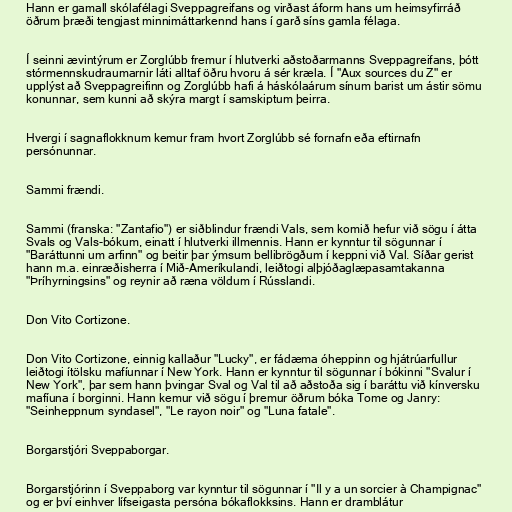
Hann er gamall skólafélagi Sveppagreifans og virðast áform hans um heimsyfirráð
öðrum þræði tengjast minnimáttarkennd hans í garð síns gamla félaga.

Í seinni ævintýrum er Zorglúbb fremur í hlutverki aðstoðarmanns Sveppagreifans, þótt
stórmennskudraumarnir láti alltaf öðru hvoru á sér kræla. Í "Aux sources du Z" er
upplýst að Sveppagreifinn og Zorglúbb hafi á háskólaárum sínum barist um ástir sömu
konunnar, sem kunni að skýra margt í samskiptum þeirra.

Hvergi í sagnaflokknum kemur fram hvort Zorglúbb sé fornafn eða eftirnafn
persónunnar.

Sammi frændi.

Sammi (franska: "Zantafio") er siðblindur frændi Vals, sem komið hefur við sögu í átta
Svals og Vals-bókum, einatt í hlutverki illmennis. Hann er kynntur til sögunnar í
"Baráttunni um arfinn" og beitir þar ýmsum bellibrögðum í keppni við Val. Síðar gerist
hann m.a. einræðisherra í Mið-Ameríkulandi, leiðtogi alþjóðaglæpasamtakanna
"Þríhyrningsins" og reynir að ræna völdum í Rússlandi.

Don Vito Cortizone.

Don Vito Cortizone, einnig kallaður "Lucky", er fádæma óheppinn og hjátrúarfullur
leiðtogi ítölsku mafíunnar í New York. Hann er kynntur til sögunnar í bókinni "Svalur í
New York", þar sem hann þvingar Sval og Val til að aðstoða sig í baráttu við kínversku
mafíuna í borginni. Hann kemur við sögu í þremur öðrum bóka Tome og Janry:
"Seinheppnum syndasel", "Le rayon noir" og "Luna fatale".

Borgarstjóri Sveppaborgar.

Borgarstjórinn í Sveppaborg var kynntur til sögunnar í "Il y a un sorcier à Champignac"
og er því einhver lífseigasta persóna bókaflokksins. Hann er dramblátur